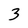
Character: 3